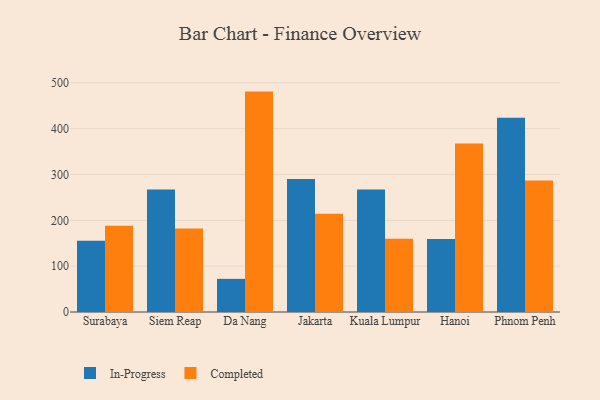
{"axis": {"x": "City", "y": "Demand Index"}, "legend": ["Completed", "In-Progress"], "data": [{"x": "Surabaya", "y": 155.7, "type": "In-Progress"}, {"x": "Surabaya", "y": 188.0, "type": "Completed"}, {"x": "Siem Reap", "y": 267.1, "type": "In-Progress"}, {"x": "Siem Reap", "y": 182.2, "type": "Completed"}, {"x": "Da Nang", "y": 72.3, "type": "In-Progress"}, {"x": "Da Nang", "y": 480.8, "type": "Completed"}, {"x": "Jakarta", "y": 290.3, "type": "In-Progress"}, {"x": "Jakarta", "y": 214.6, "type": "Completed"}, {"x": "Kuala Lumpur", "y": 267.0, "type": "In-Progress"}, {"x": "Kuala Lumpur", "y": 159.7, "type": "Completed"}, {"x": "Hanoi", "y": 159.3, "type": "In-Progress"}, {"x": "Hanoi", "y": 367.6, "type": "Completed"}, {"x": "Phnom Penh", "y": 424.0, "type": "In-Progress"}, {"x": "Phnom Penh", "y": 287.0, "type": "Completed"}]}